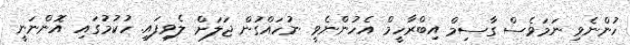
ހުންނެވި ނަމަވެސް ގާސިމް އިބްރާހީމް އެހުންނެވީ ނުހައްގުން ޖަލަށް ލެވިފައި. ހުކުމުގައި އޮންނަނީ